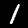
Digit: 1